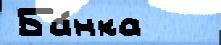
Ба́нка